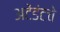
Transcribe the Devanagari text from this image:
अटेंडंटचे